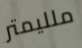
ملليمتر